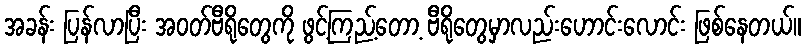
အခန်း ပြန်လာပြီး အဝတ်ဗီရိုတွေကို ဖွင့်ကြည့်တော့ ဗီရိုတွေမှာလည်းဟောင်းလောင်း ဖြစ်နေတယ်။